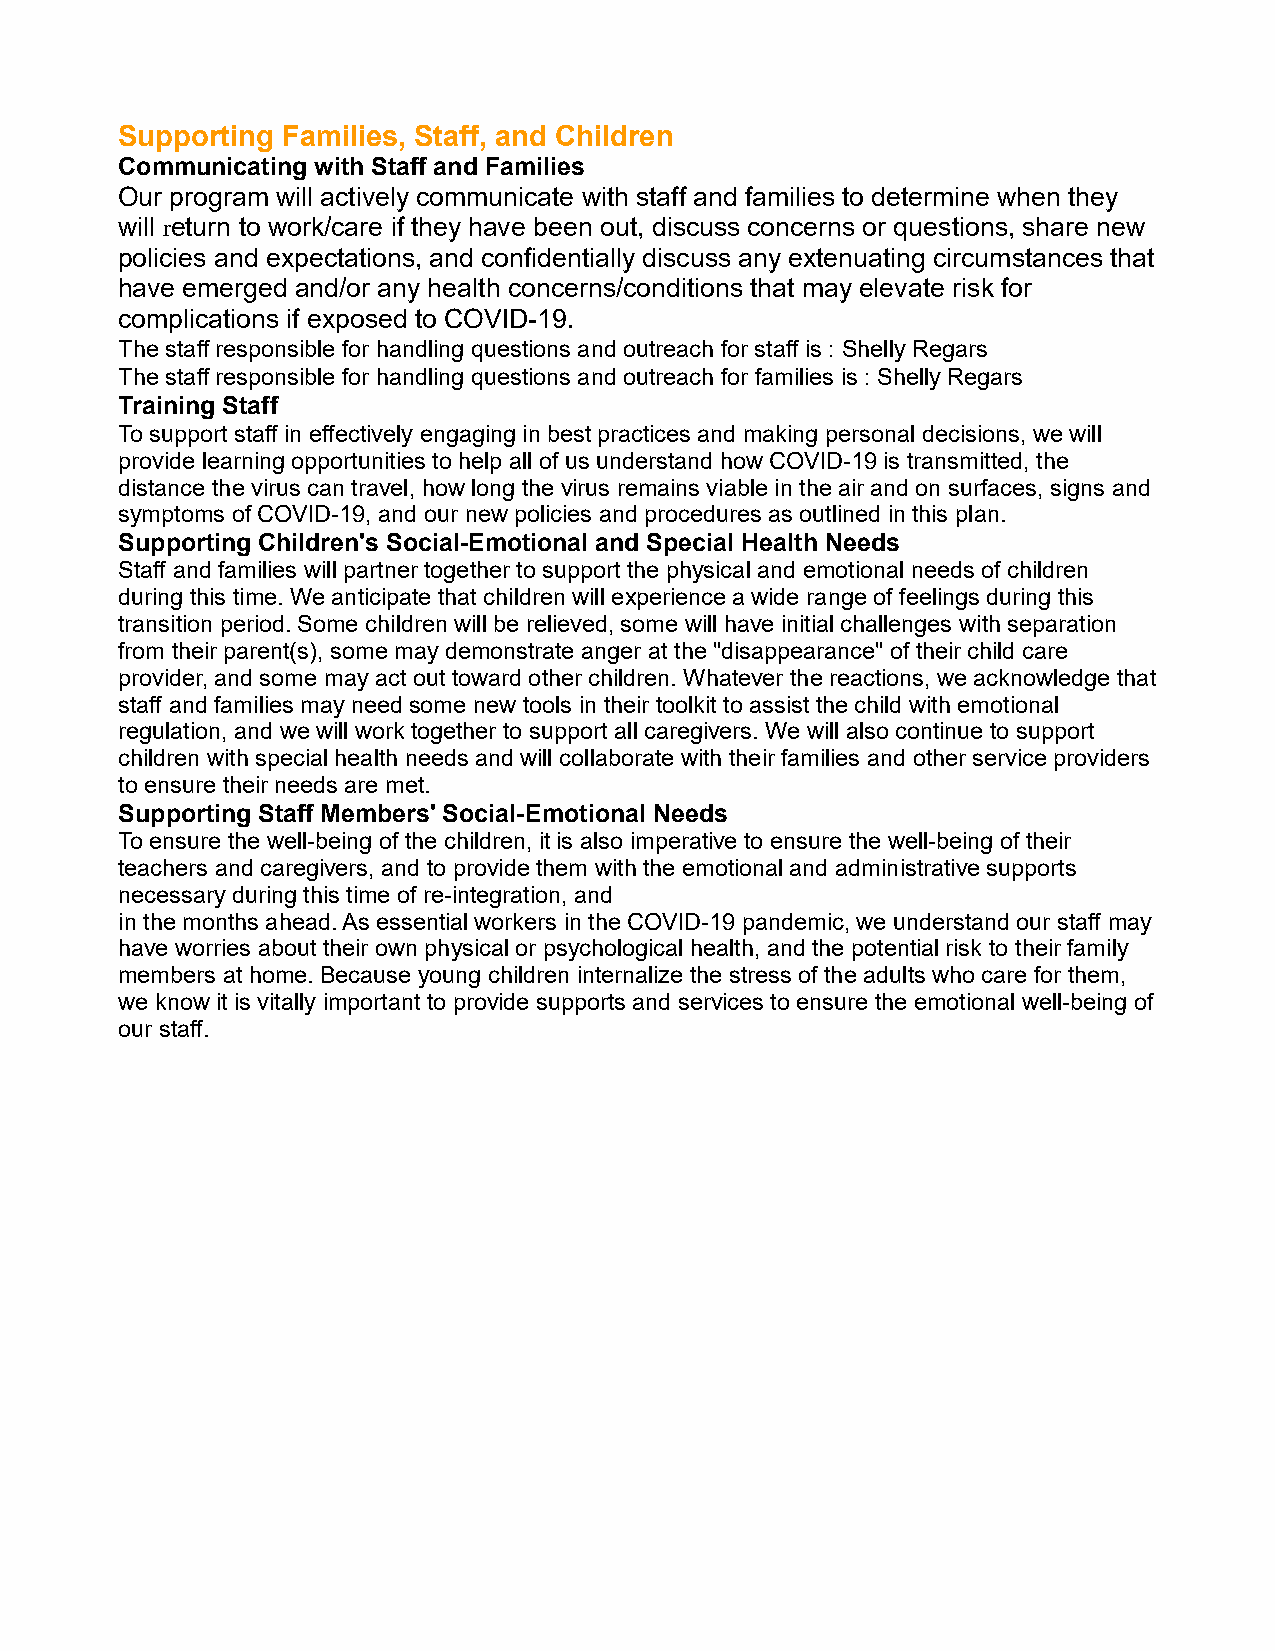
Supporting Families, Staff, and Children
 Communicating with Staff and Families
 Our program will actively communicate with staff and families to determine when they
 will return to work/care if they have been out, discuss concerns or questions, share new
 policies and expectations, and confidentially discuss any extenuating circumstances that
 have emerged and/or any health concerns/conditions that may elevate risk for
 complications if exposed to COVID-19.
 The staff responsible for handling questions and outreach for staff is : Shelly Regars
 The staff responsible for handling questions and outreach for families is : Shelly Regars
 Training Staff
 To support staff in effectively engaging in best practices and making personal decisions, we will
 provide learning opportunities to help all of us understand how COVID-19 is transmitted, the
 distance the virus can travel, how long the virus remains viable in the air and on surfaces, signs and
 symptoms of COVID-19, and our new policies and procedures as outlined in this plan.
 Supporting Children's Social-Emotional and Special Health Needs
 Staff and families will partner together to support the physical and emotional needs of children
 during this time. We anticipate that children will experience a wide range of feelings during this
 transition period. Some children will be relieved, some will have initial challenges with separation
 from their parent(s), some may demonstrate anger at the "disappearance" of their child care
 provider, and some may act out toward other children. Whatever the reactions, we acknowledge that
 staff and families may need some new tools in their toolkit to assist the child with emotional
 regulation, and we will work together to support all caregivers. We will also continue to support
 children with special health needs and will collaborate with their families and other service providers
 to ensure their needs are met.
 Supporting Staff Members' Social-Emotional Needs
 To ensure the well-being of the children, it is also imperative to ensure the well-being of their
 teachers and caregivers, and to provide them with the emotional and administrative supports
 necessary during this time of re-integration, and
 in the months ahead. As essential workers in the COVID-19 pandemic, we understand our staff may
 have worries about their own physical or psychological health, and the potential risk to their family
 members at home. Because young children internalize the stress of the adults who care for them,
 we know it is vitally important to provide supports and services to ensure the emotional well-being of
 our staff.